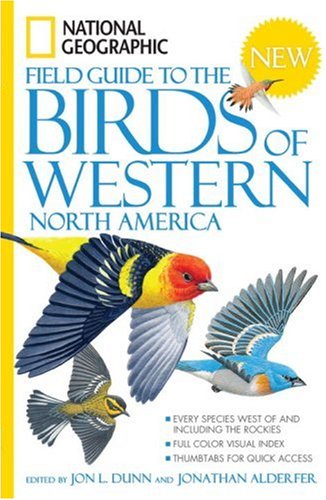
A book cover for National Geographic Field Guide to the Birds of Western North America; Science & Math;